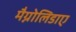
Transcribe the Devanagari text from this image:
मैग्नोलिडाए